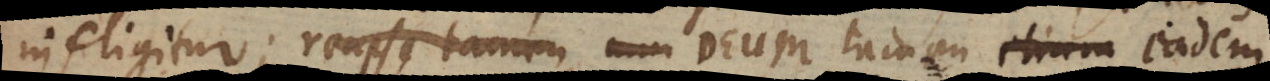
infligitur; reapse tamen, cum Deum tamen etiam eade